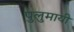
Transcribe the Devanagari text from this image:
पुलुमायी